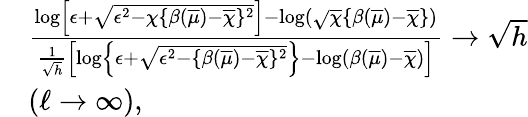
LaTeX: \begin{array}{rl}&{\frac{\log\left[{\epsilon}+\sqrt{{\epsilon}^{2}-\chi\{ \beta(\overline{{\mu}})-\overline{{\chi}}\} ^{2}}\right]-\log(\sqrt\chi\{ \beta(\overline{{\mu}})-\overline{{\chi}}\} )}{\frac 1{\sqrt{h}}\left[\log\left\{ {\epsilon}+\sqrt{{\epsilon}^{2}-\{ \beta(\overline{{\mu}})-\overline{{\chi}}\} ^{2}}\right\} -\log(\beta(\overline{{\mu}})-\overline{{\chi}})\right]}\to\sqrt{h}}\\ &{(\ell\to\infty),}\end{array}